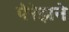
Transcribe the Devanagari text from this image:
पेरेझने